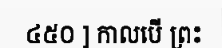
៤៥០ ] កាលបើ ព្រះ